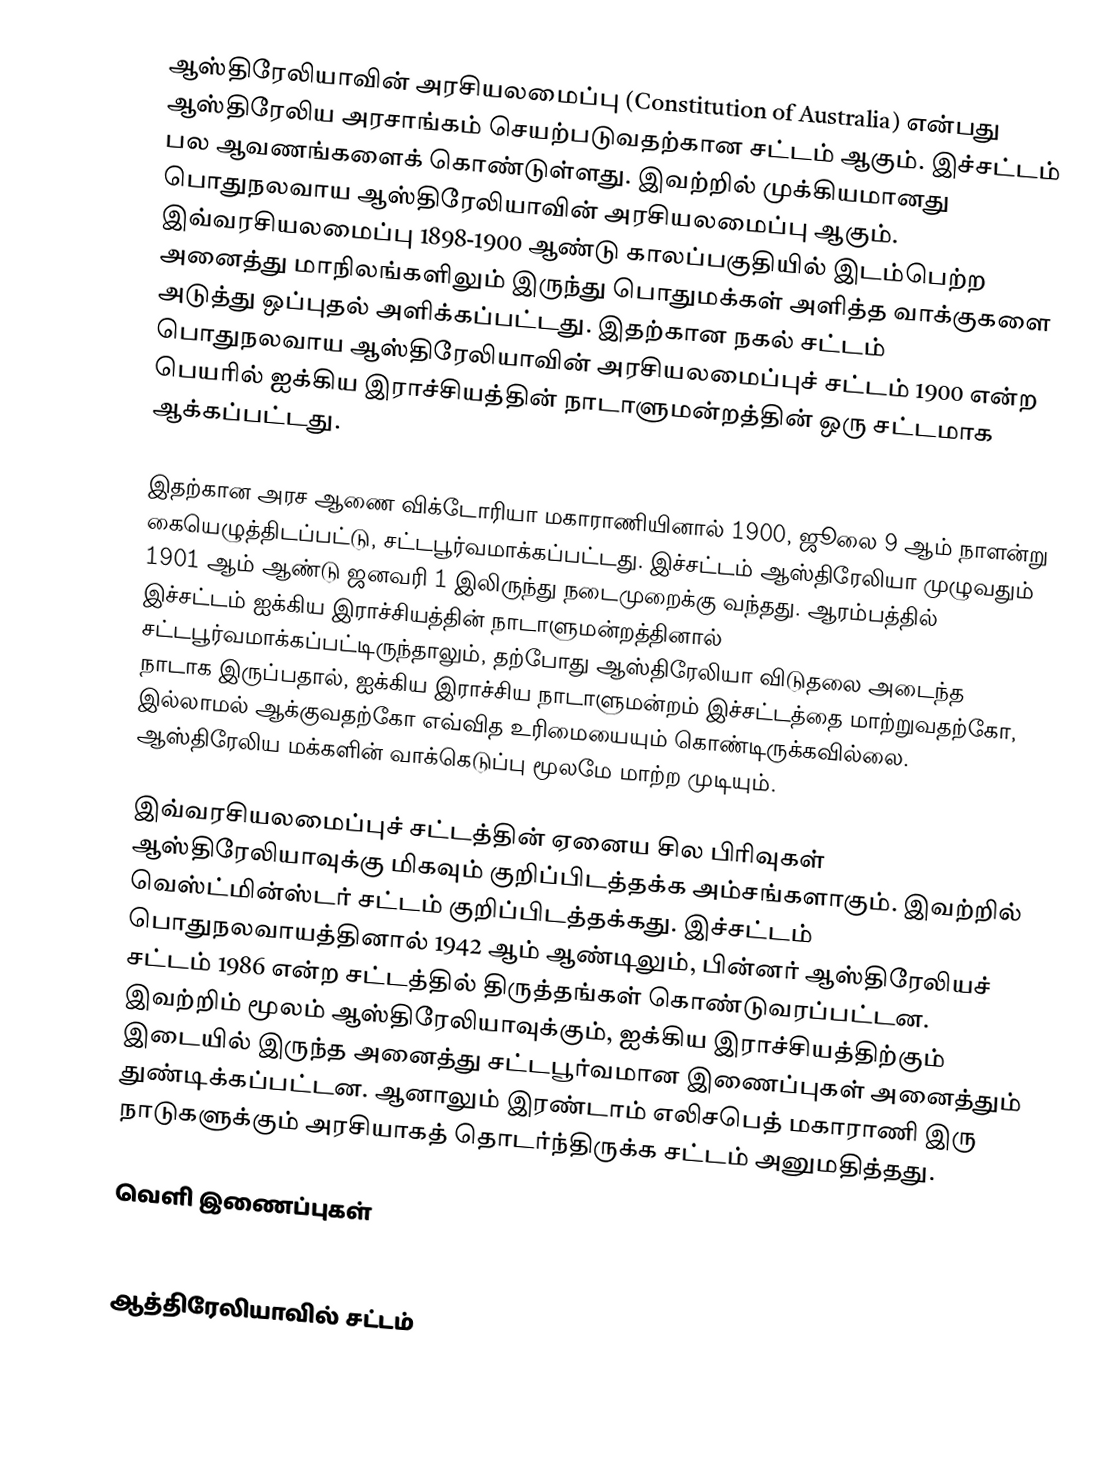
ஆஸ்திரேலியாவின் அரசியலமைப்பு (Constitution of Australia) என்பது ஆஸ்திரேலிய அரசாங்கம் செயற்படுவதற்கான சட்டம் ஆகும். இச்சட்டம் பல ஆவணங்களைக் கொண்டுள்ளது. இவற்றில் முக்கியமானது பொதுநலவாய ஆஸ்திரேலியாவின் அரசியலமைப்பு ஆகும். இவ்வரசியலமைப்பு 1898-1900 ஆண்டு காலப்பகுதியில் இடம்பெற்ற அனைத்து மாநிலங்களிலும் இருந்து பொதுமக்கள் அளித்த வாக்குகளை அடுத்து ஒப்புதல் அளிக்கப்பட்டது. இதற்கான நகல் சட்டம் பொதுநலவாய ஆஸ்திரேலியாவின் அரசியலமைப்புச் சட்டம் 1900 என்ற பெயரில் ஐக்கிய இராச்சியத்தின் நாடாளுமன்றத்தின் ஒரு சட்டமாக ஆக்கப்பட்டது.

இதற்கான அரச ஆணை விக்டோரியா மகாராணியினால் 1900, ஜூலை 9 ஆம் நாளன்று கையெழுத்திடப்பட்டு, சட்டபூர்வமாக்கப்பட்டது. இச்சட்டம் ஆஸ்திரேலியா முழுவதும் 1901 ஆம் ஆண்டு ஜனவரி 1 இலிருந்து நடைமுறைக்கு வந்தது. ஆரம்பத்தில் இச்சட்டம் ஐக்கிய இராச்சியத்தின் நாடாளுமன்றத்தினால் சட்டபூர்வமாக்கப்பட்டிருந்தாலும், தற்போது ஆஸ்திரேலியா விடுதலை அடைந்த நாடாக இருப்பதால், ஐக்கிய இராச்சிய நாடாளுமன்றம் இச்சட்டத்தை மாற்றுவதற்கோ, இல்லாமல் ஆக்குவதற்கோ எவ்வித உரிமையையும் கொண்டிருக்கவில்லை. ஆஸ்திரேலிய மக்களின் வாக்கெடுப்பு மூலமே மாற்ற முடியும்.

இவ்வரசியலமைப்புச் சட்டத்தின் ஏனைய சில பிரிவுகள் ஆஸ்திரேலியாவுக்கு மிகவும் குறிப்பிடத்தக்க அம்சங்களாகும். இவற்றில் வெஸ்ட்மின்ஸ்டர் சட்டம் குறிப்பிடத்தக்கது. இச்சட்டம் பொதுநலவாயத்தினால் 1942 ஆம் ஆண்டிலும், பின்னர் ஆஸ்திரேலியச் சட்டம் 1986 என்ற சட்டத்தில் திருத்தங்கள் கொண்டுவரப்பட்டன. இவற்றிம் மூலம் ஆஸ்திரேலியாவுக்கும், ஐக்கிய இராச்சியத்திற்கும் இடையில் இருந்த அனைத்து சட்டபூர்வமான இணைப்புகள் அனைத்தும் துண்டிக்கப்பட்டன. ஆனாலும் இரண்டாம் எலிசபெத் மகாராணி இரு நாடுகளுக்கும் அரசியாகத் தொடர்ந்திருக்க சட்டம் அனுமதித்தது.

வெளி இணைப்புகள்
Commonwealth of Australia Constitution Act, 1900

ஆத்திரேலியாவில் சட்டம்